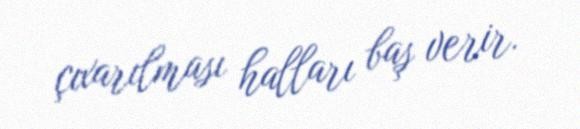
çıxarılması halları baş verir.